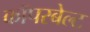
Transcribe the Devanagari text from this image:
कॉपरबेल्ट